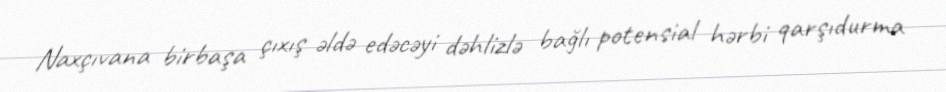
Naxçıvana birbaşa çıxış əldə edəcəyi dəhlizlə bağlı potensial hərbi qarşıdurma